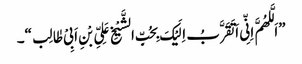
”اَلَّلھُمَّ اِنِّی اَ تَقَرَّبُ اِلَیْکَ بِحُبِّ الشَّیْخِ عَلِیِّ بْنِ اَبِیْ طٰالِب“۔